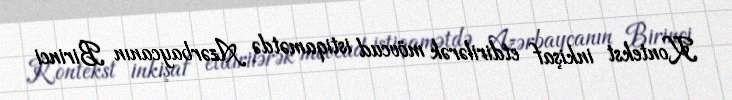
Kontekst inkişaf etdirilərək mövcud istiqamətdə Azərbaycanın Birinci